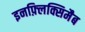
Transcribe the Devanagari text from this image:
इनफ़्लिक्सिमैब